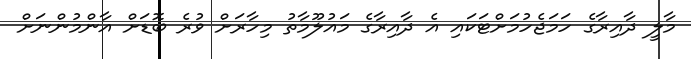
މާލީ ދާއިރާގެ ހަމަޖެހުމަށްޓަކައި އެ ދާއިރާގެ މައުލޫމާތު މިހާރަށް ވުރެ ބޮޑަށް އާންމުންނަށް